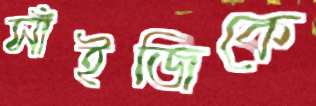
সাঁইজিকে